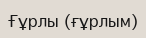
Ғұрлы (ғұрлым)